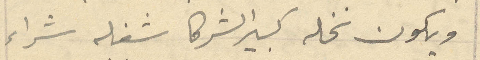
ويكون نخله كبير الشركا شغله شراء